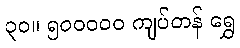
၃၀။ ၅၀၀၀၀၀ ကျပ်တန် ရွှေ